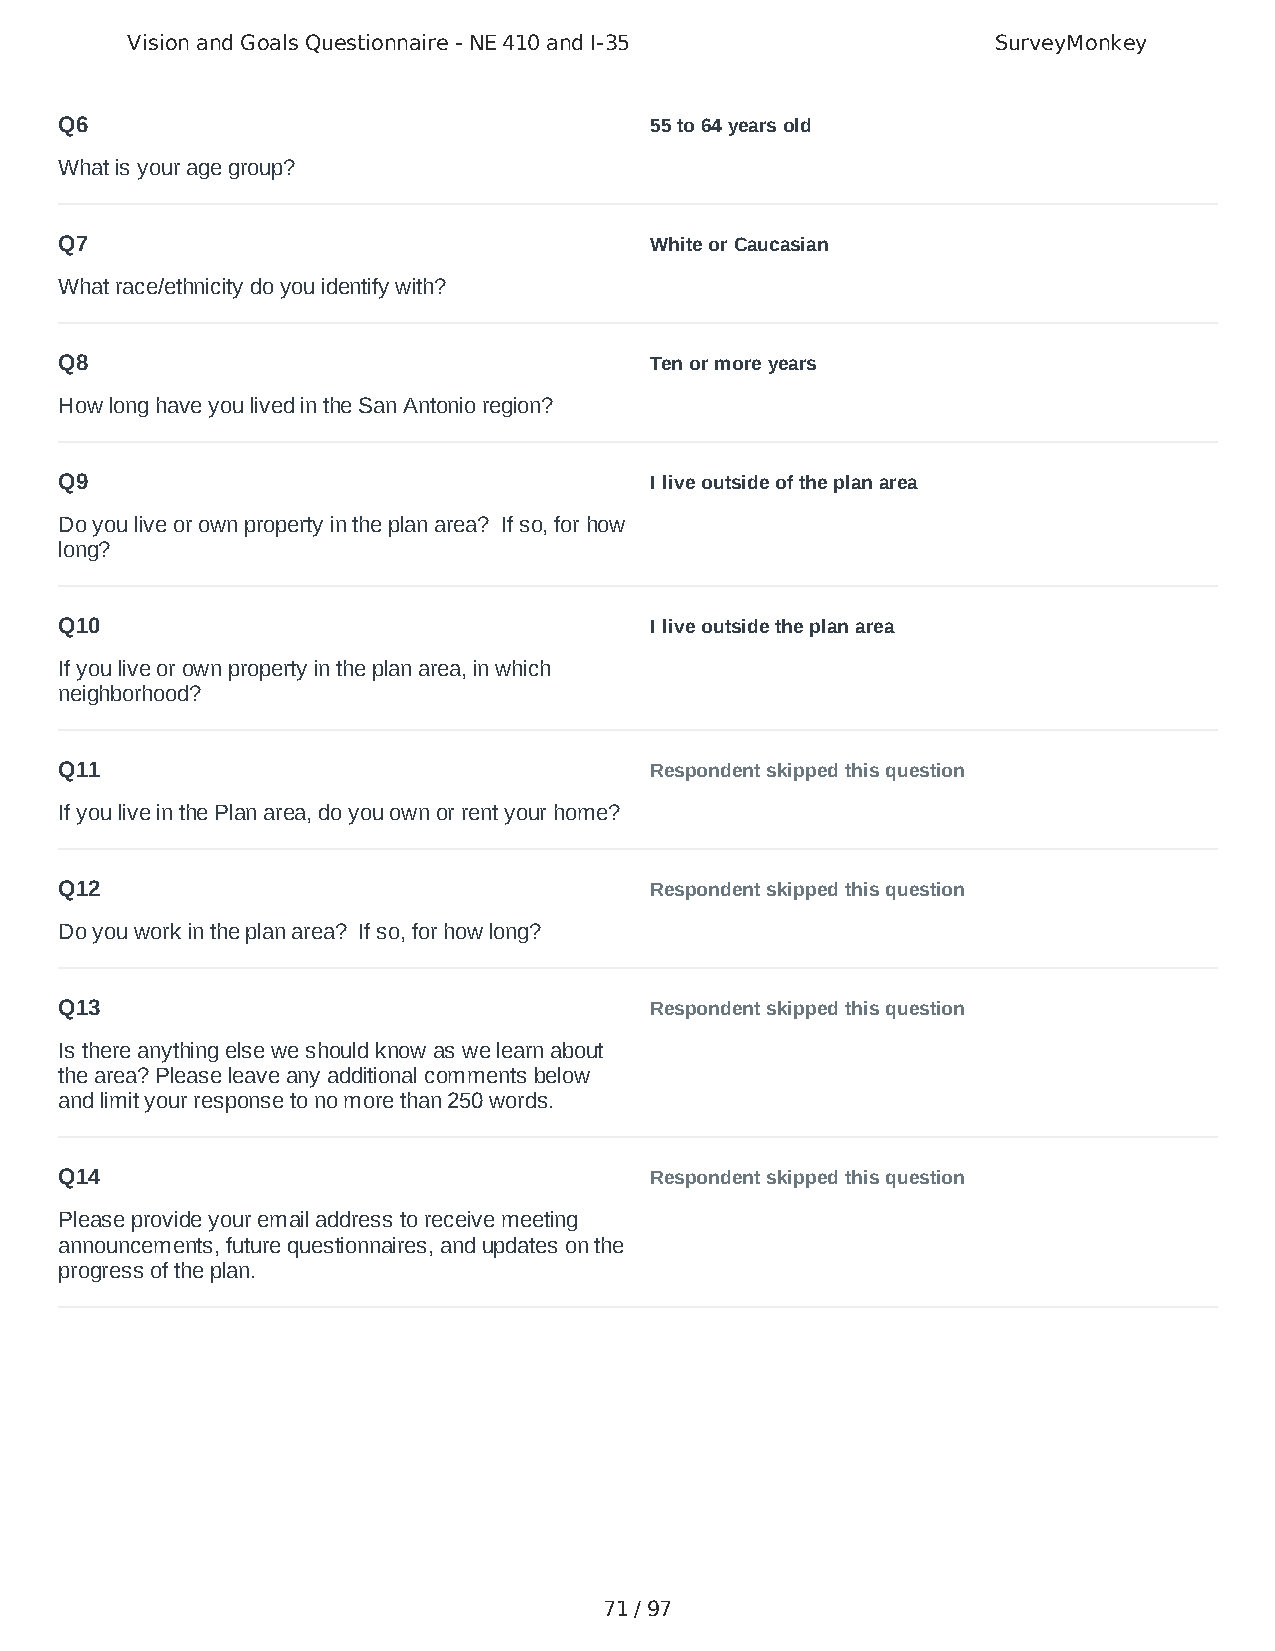
Vision and Goals Questionnaire - NE 410 and I-35          SurveyMonkey
 Q6                                     55 to 64 years old
 What is your age group?
 Q7                                     White or Caucasian
 What race/ethnicity do you identify with?
 Q8                                     Ten or more years
 How long have you lived in the San Antonio region?
 Q9                                     I live outside of the plan area
 Do you live or own property in the plan area? If so, for how
 long?
 Q10                                    I live outside the plan area
 If you live or own property in the plan area, in which
 neighborhood?
 Q11                                    Respondent skipped this question
 If you live in the Plan area, do you own or rent your home?
 Q12                                    Respondent skipped this question
 Do you work in the plan area? If so, for how long?
 Q13                                    Respondent skipped this question
 Is there anything else we should know as we learn about
 the area? Please leave any additional comments below
 and limit your response to no more than 250 words.
 Q14                                    Respondent skipped this question
 Please provide your email address to receive meeting
 announcements, future questionnaires, and updates on the
 progress of the plan.
 71 / 97